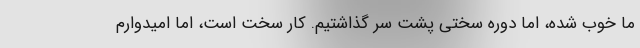
ما خوب شده، اما دوره سختی پشت سر گذاشتیم. کار سخت است، اما امیدوارم